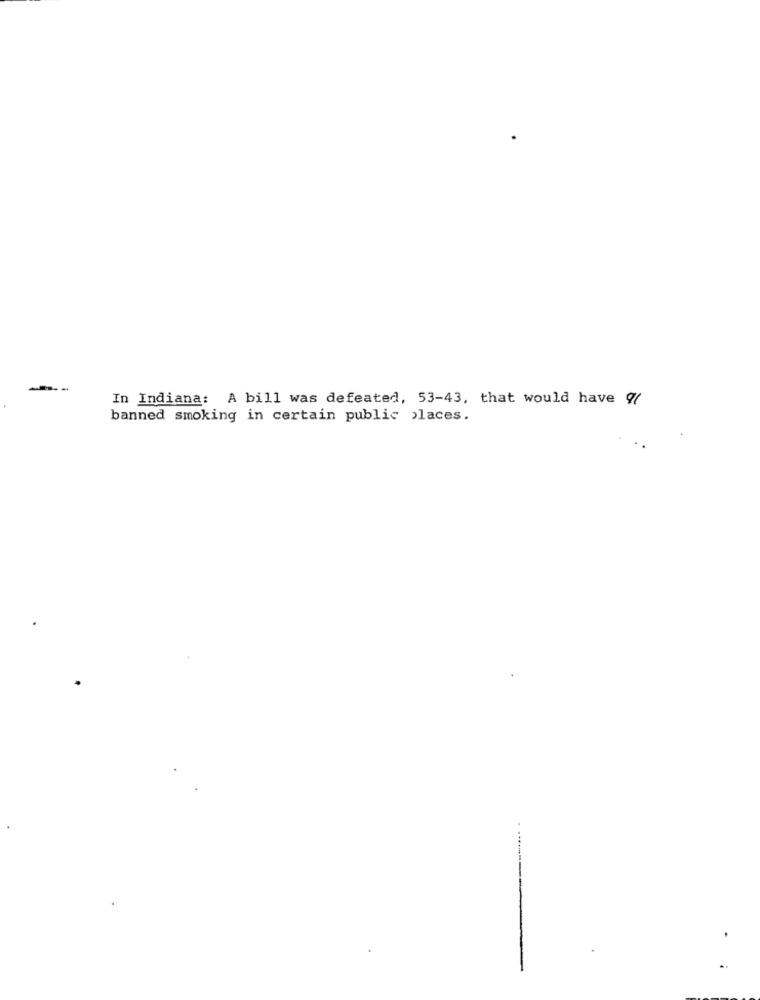
In Indiana: A bill was defeated, 53-43, that would have 9/
banned smoking in certain public places.
. ....